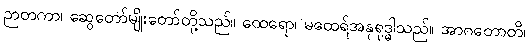
ဉာတကာ၊ ဆွေတော်မျိုးတော်တို့သည်။ ထေရော၊ မထေရ်အနုရုဒ္ဓါသည်။ အာဂတောတိ၊